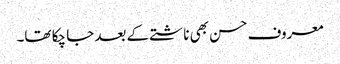
معروف حسن بھی ناشتے کے بعد جا چکا تھا۔